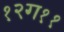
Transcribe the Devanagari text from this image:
१२ग११